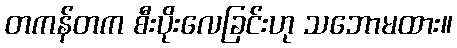
တကန်တက စီးပိုးလေခြင်းဟု သဘောမထား။